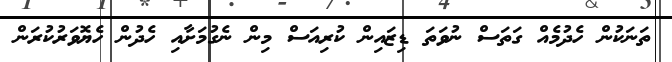
ތަނަކުން ހެދުމެއް ގަތަސް ނުވަތަ ޑިޒައިން ކުރިއަސް މިން ނެގުމަށާއި ހެދުން ހެޔޮވަރުކުރަން